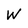
Character: w